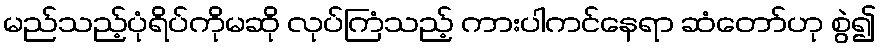
မည်သည့်ပုံရိပ်ကိုမဆို လုပ်ကြံသည့် ကားပါကင်နေရာ ဆံတော်ဟု စွဲ၍